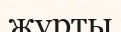
жүрты